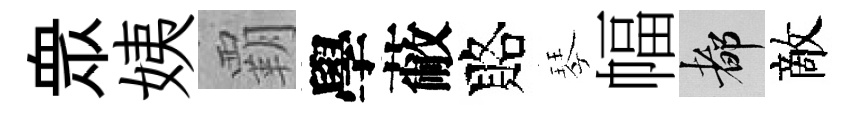
衆姨覇學蔽賂琴幅都敵